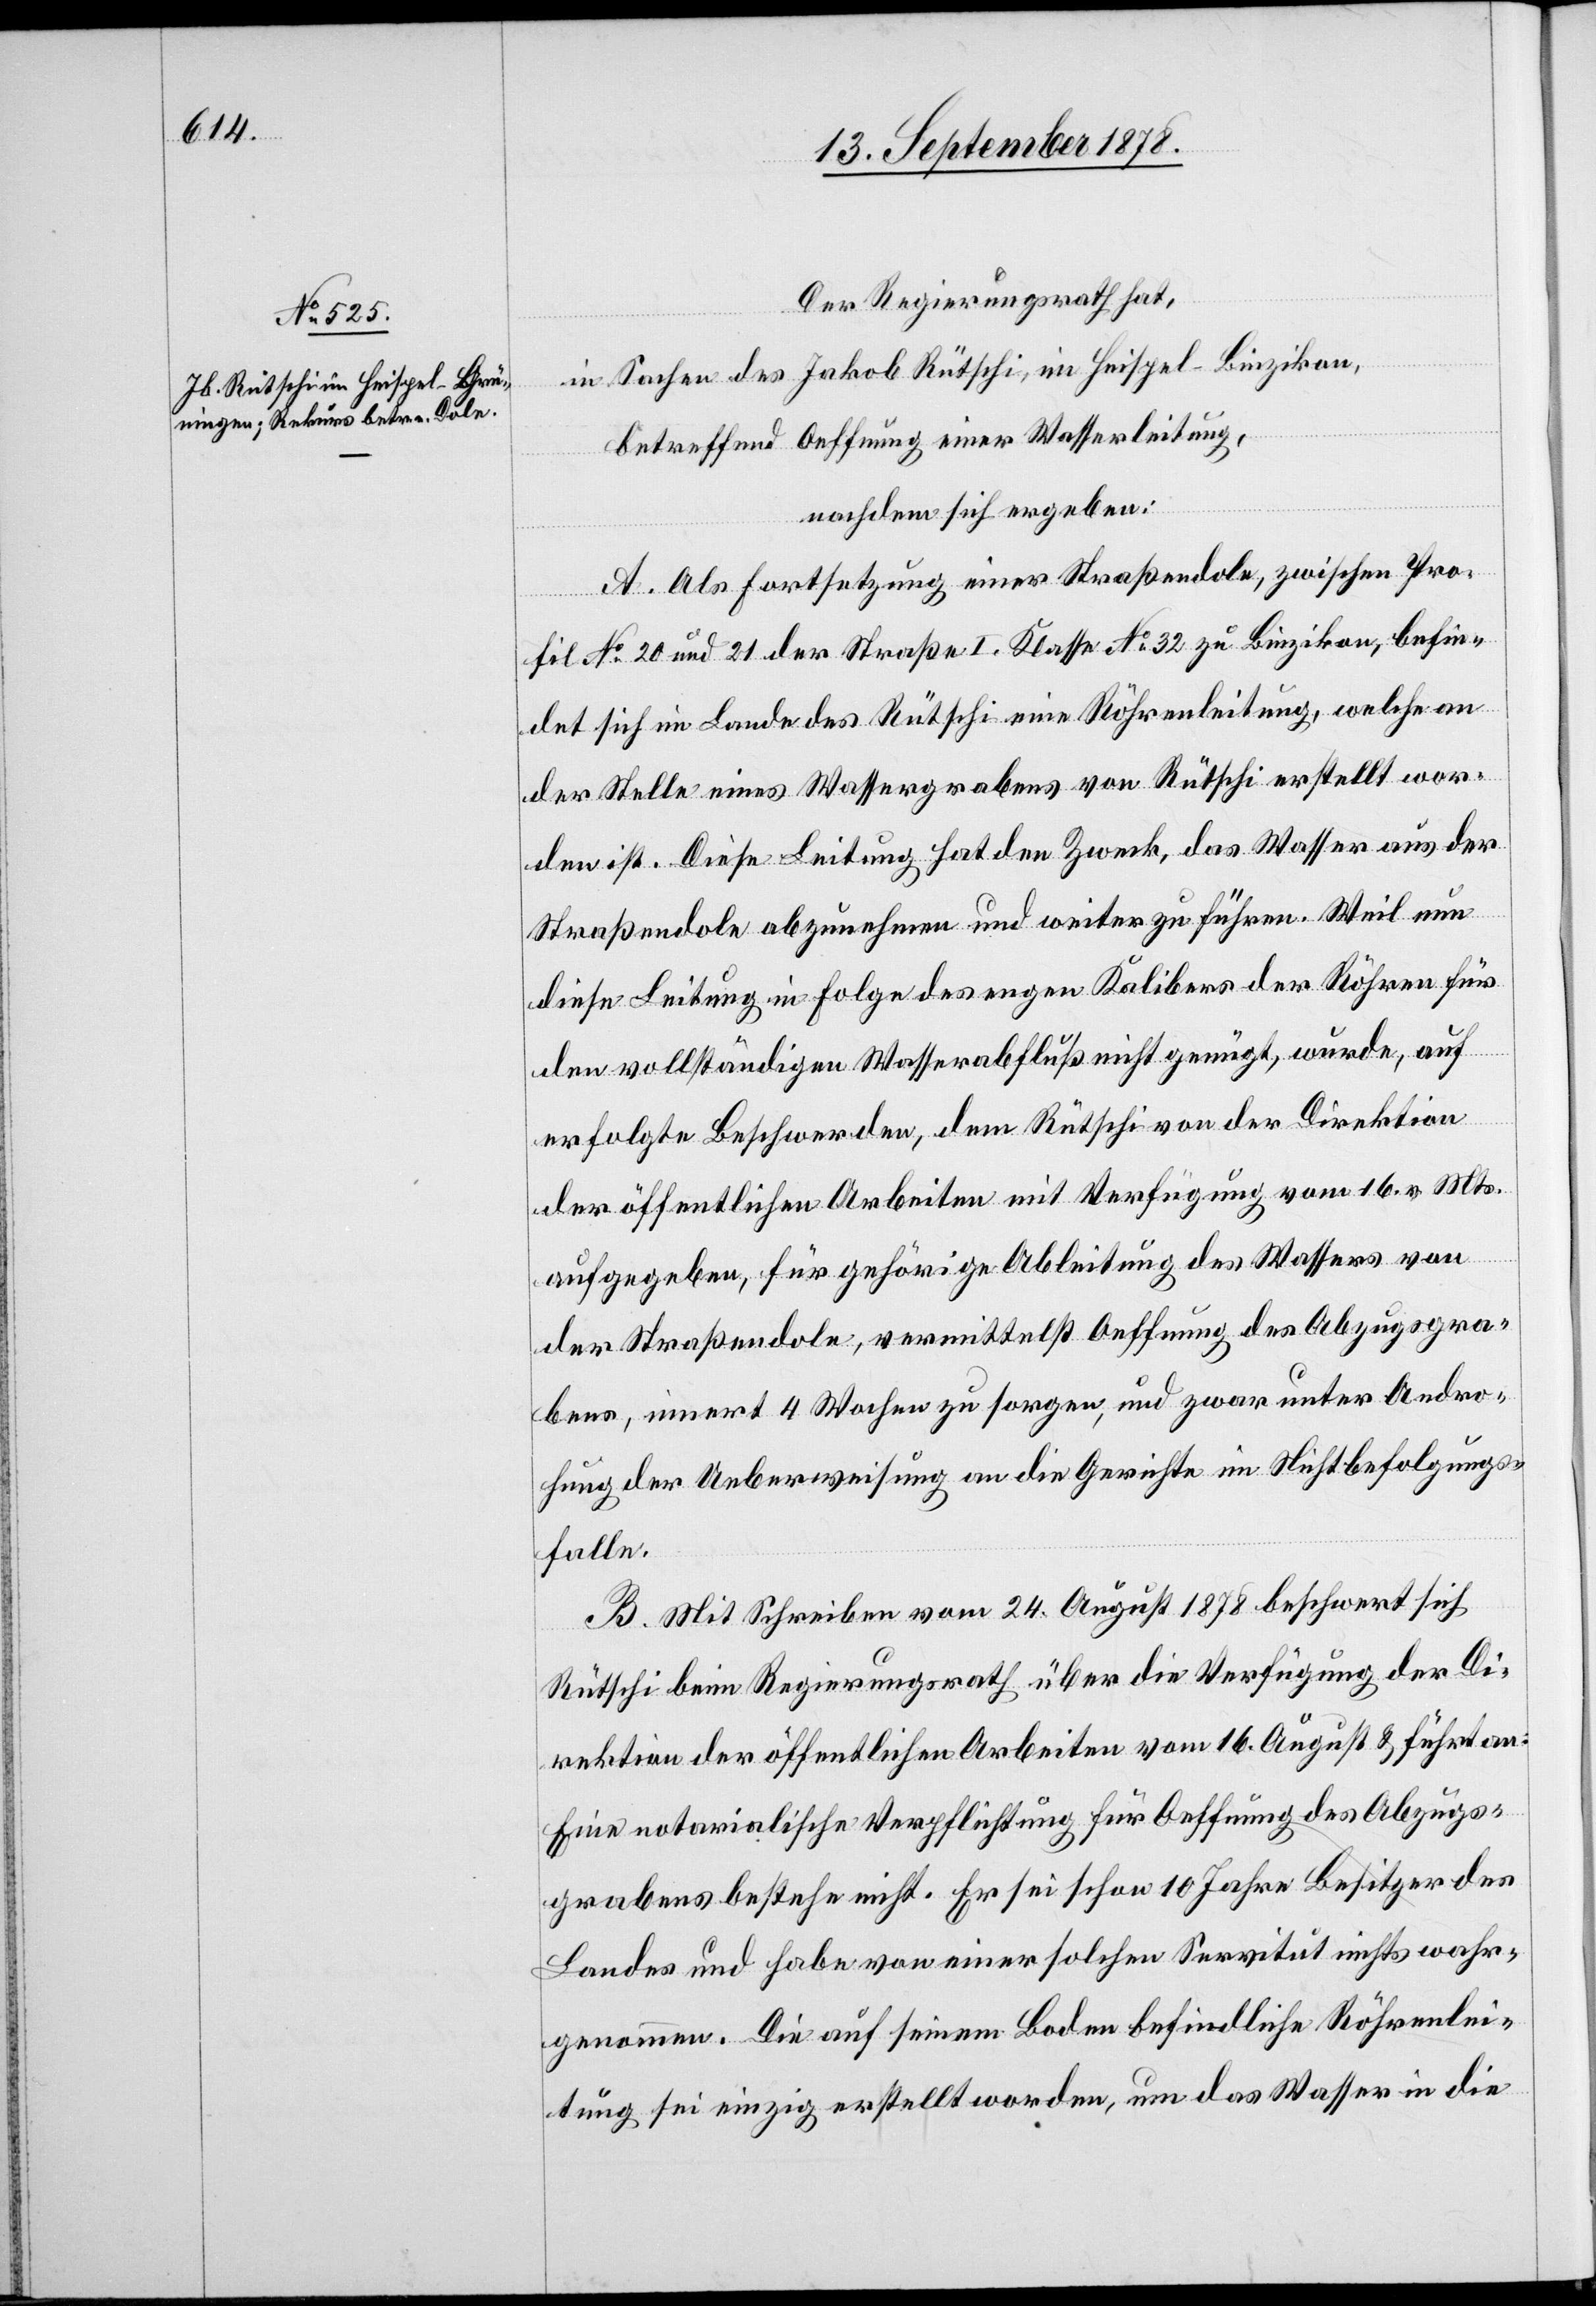
Der Regierungsrath hat,
in Sachen des Jakob Rütschi, im Heispel - Binzikon,
betreffend Oeffnung einer Wasserleitung,
nachdem sich ergeben:
A. Als Fortsetzung einer Straßendole, zwischen Pro¬
fil No 20 und 21 der Straße I. Klasse No 32 zu Binzikon, befin¬
det sich im Lande des Rütschi eine Röhrenleitung, welche an
der Stelle eines Wassergrabens von Rütschi erstellt wor¬
den ist. Diese Leitung hat den Zweck, das Wasser aus der
Straßendole abzunehmen und weiter zu führen. Weil nun
diese Leitung in Folge des regen Kalibers der Röhren für
den vollständigen Wasserabfluß nicht genügt, wurde, auf
erfolgte Beschwerden, dem Rütschi von der Direktion
der öffentlichen Arbeiten mit Verfügung vom 16. v. Mts.
aufgegeben, für gehörige Ableitung des Wassers von
der Straßendole, vermittelst Oeffnung des Abzugsgra¬
bens, innert 4 Wochen zu sorgen, und zwar unter Andro¬
hung der Ueberweisung an die Gerichte im Nichtbefolgungs¬
falle.
B. Mit Schreiben vom 24. August 1878 beschwert sich
Rütschi beim Regierungsrath über die Verfügung der Di¬
rektion der öffentlichen Arbeiten vom 16. August & führt an:
Eine notarialische Verpflichtung für Oeffnung des Abzugs¬
grabens bestehe nicht. Er sei schon 10 Jahre Besitzer des
Landes und habe von einer solchen Servitut nichts wahr¬
genommen. Die auf seinem Boden befindliche Röhrenlei¬
tung sei einzig erstellt worden, um das Wasser in die